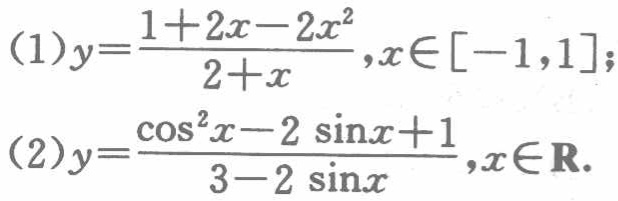
(1)$y = \frac{1 + 2x - 2x^{2}}{2 + x},x\in[-1,1]$;

(2)$y=\frac{\cos^{2}x - 2\sin x + 1}{3 - 2\sin x},x\in\mathbf{R}$.